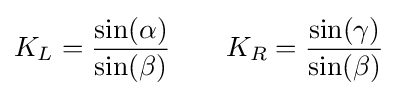
K_{L}={\frac {\sin(\alpha )}{\sin(\beta )}}\qquad K_{R}={\frac {\sin(\gamma )}{\sin(\beta )}}